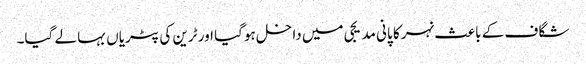
شگاف کے باعث نہر کا پانی مدیجی میں داخل ہوگیا اور ٹرین کی پٹریاں بہا لے گیا۔